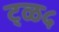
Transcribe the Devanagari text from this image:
ट्ळ५